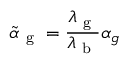
\tilde { \alpha } _ { \mathrm { ~ g ~ } } = \frac { \lambda _ { \mathrm { ~ g ~ } } } { \lambda _ { \mathrm { ~ b ~ } } } \alpha _ { g }